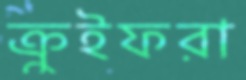
ক্রুইফরা